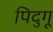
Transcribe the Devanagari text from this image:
पिदुगू